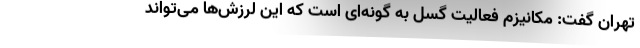
تهران گفت: مکانیزم فعالیت گسل به گونه‌ای است که این لرزش‌ها می‌تواند